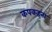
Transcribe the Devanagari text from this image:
कपकहना